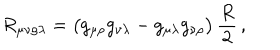
LaTeX: R _ { \mu \nu \rho \lambda } = \bigl ( g _ { \mu \rho } g _ { \nu \lambda } - g _ { \mu \lambda } g _ { \nu \rho } \bigr ) \, \frac { R } { 2 } \, ,